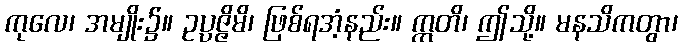
ကုလေ၊ အမျိုး၌။ ဥပ္ပဇ္ဇိမိ၊ ဖြစ်ရအံ့နည်း။ ဣတိ၊ ဤသို့။ မနသိကတွာ၊